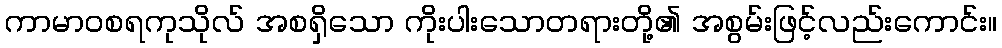
ကာမာဝစရကုသိုလ် အစရှိသော ကိုးပါးသောတရားတို့၏ အစွမ်းဖြင့်လည်းကောင်း။